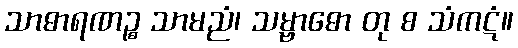
သာဓာရဏဉ္စ သာမညံ၊ သမ္ဗာဓော တု စ သံကဋံ။